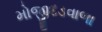
મોજીદડવાળા